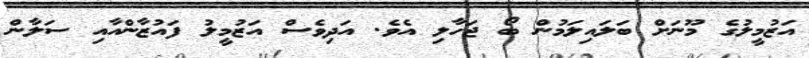
އަޒުމީލުގެ މޫނަށް ބަލައިލަމުން ބޯ ޖަހާލި އެވެ. އަދިވެސް އަޒުމީލު ފައުޒާންއާއި ސަލާން